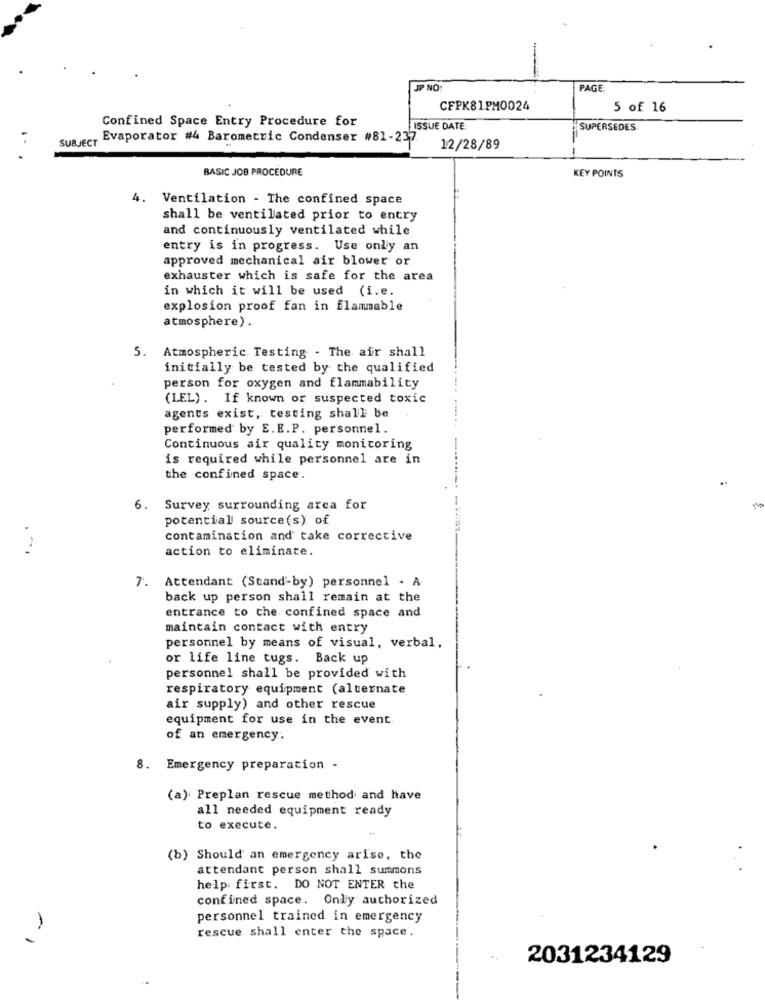
P NO
PAGE
CFPK81PM0024
5 of 16
Confined Space Entry Procedure for
ISSUE DATE:
SUPERSEDES
SUBJECT
Evaporator #4 Barometric Condenser #81-237
12/28/89
.
BASIC JOB PROCEDURE
KEY POINTS
Ventilation - The confined space
shall be ventilated prior to entry
and continuously ventilated while
entry is in progress. Use only an
approved mechanical air blower or
exhauster which is safe for the area
in which it will be used (i.e.
explosion proof fan in flammable
atmosphere).
5. Atmospheric Testing . The air shall
initially be tested by the qualified
person for oxygen and flammability
(LEL). If known or suspected toxic
agents exist, testing shall be
performed by E. E.P. personnel.
Continuous air quality monitoring
is required while personnel are in
the confined space.
..
6. Survey surrounding area for
potential source(s) of
contamination and take corrective
...
action to eliminate.
7. Attendant (Stand-by) personnel . A
back up person shall remain at the
entrance to the confined space and
maintain contact with entry
personnel by means of visual, verbal,
or life line tugs. Back up
personnel shall be provided with
respiratory equipment (alternate
air supply) and other rescue
equipment for use in the event.
of an emergency.
8. Emergency preparation -
(a) Preplan rescue method and have
all needed equipment ready
to execute.
(b) Should an emergency arise, the
attendant person shall summons
help first. DO NOT ENTER the
confined space. Only authorized
personnel trained in emergency
rescue shall enter the space.
2031234129